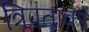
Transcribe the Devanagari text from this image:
त्रिपताका